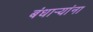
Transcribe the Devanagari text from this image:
बंधाऱ्यांना